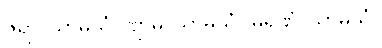
ဇရာ-သာမိသံ။ ဗျာဓိ-သာမိသံ။ မရဏံ-သာမိသံ။